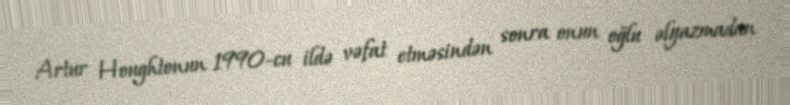
Artur Houghtonun 1990-cu ildə vəfat etməsindən sonra onun oğlu əlyazmadan